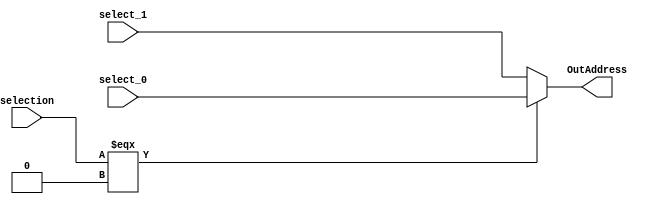
`timescale 1ns / 1ps
//////////////////////////////////////////////////////////////////////////////////
// Company: 
// Engineer: 
// 
// Design Name: 
// Module Name: Multiplexer2_5
// Project Name: 
// Target Devices: 
// Tool Versions: 
// Description: 
// 
// Dependencies: 
// 
// Revision:
// Revision 0.01 - File Created
// Additional Comments:
// 
//////////////////////////////////////////////////////////////////////////////////

module Multiplexer2_5 (
    input [4:0] select_0,
    input [4:0] select_1,
    input selection,
    output [4:0] OutAddress
    );
        
    assign OutAddress = (selection === 0 ? select_0 : select_1);
endmodule